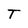
Character: T